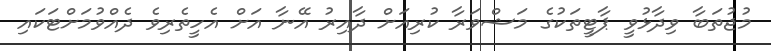
މުޖުތަބާ ވިދާޅުވީ ޕާޓީތަކުގެ މަޝްވަރާ ކުރިއަށް ދާއިރު އޭނާ އަށް އެހީތެރިވެ ދެއްވުމަށްޓަކައި